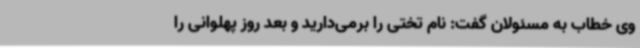
وی خطاب به مسئولان گفت: نام تختی را برمی‌دارید و بعد روز پهلوانی را